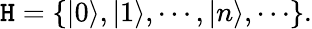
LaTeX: {\cal\mathtt{H}}=\{ |0\rangle,|1\rangle,\cdots,|n\rangle,\cdots\} .